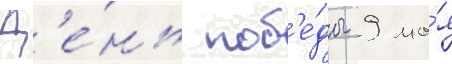
Д'е́нь поб'е́ды 9 ма́я